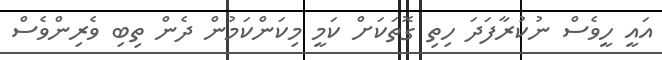
އައީ ހީވެސް ނުކުރާފަދަ ހިތި ގޮތަކަށް ކަމީ މިކަންކަމުން ދެން ތިބި ވެރިންވެސް